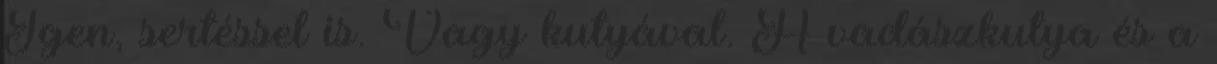
Igen, sertéssel is. Vagy kutyával. A vadászkutya és a